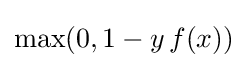
\max(0,1-y\,f(x))